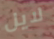
لايل